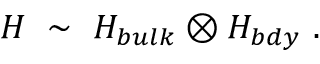
{ \cal H } ~ \sim ~ { \cal H } _ { b u l k } \otimes { \cal H } _ { b d y } ~ .